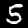
Label: 5